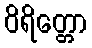
ဝိရိတ္တော